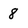
Character: 8